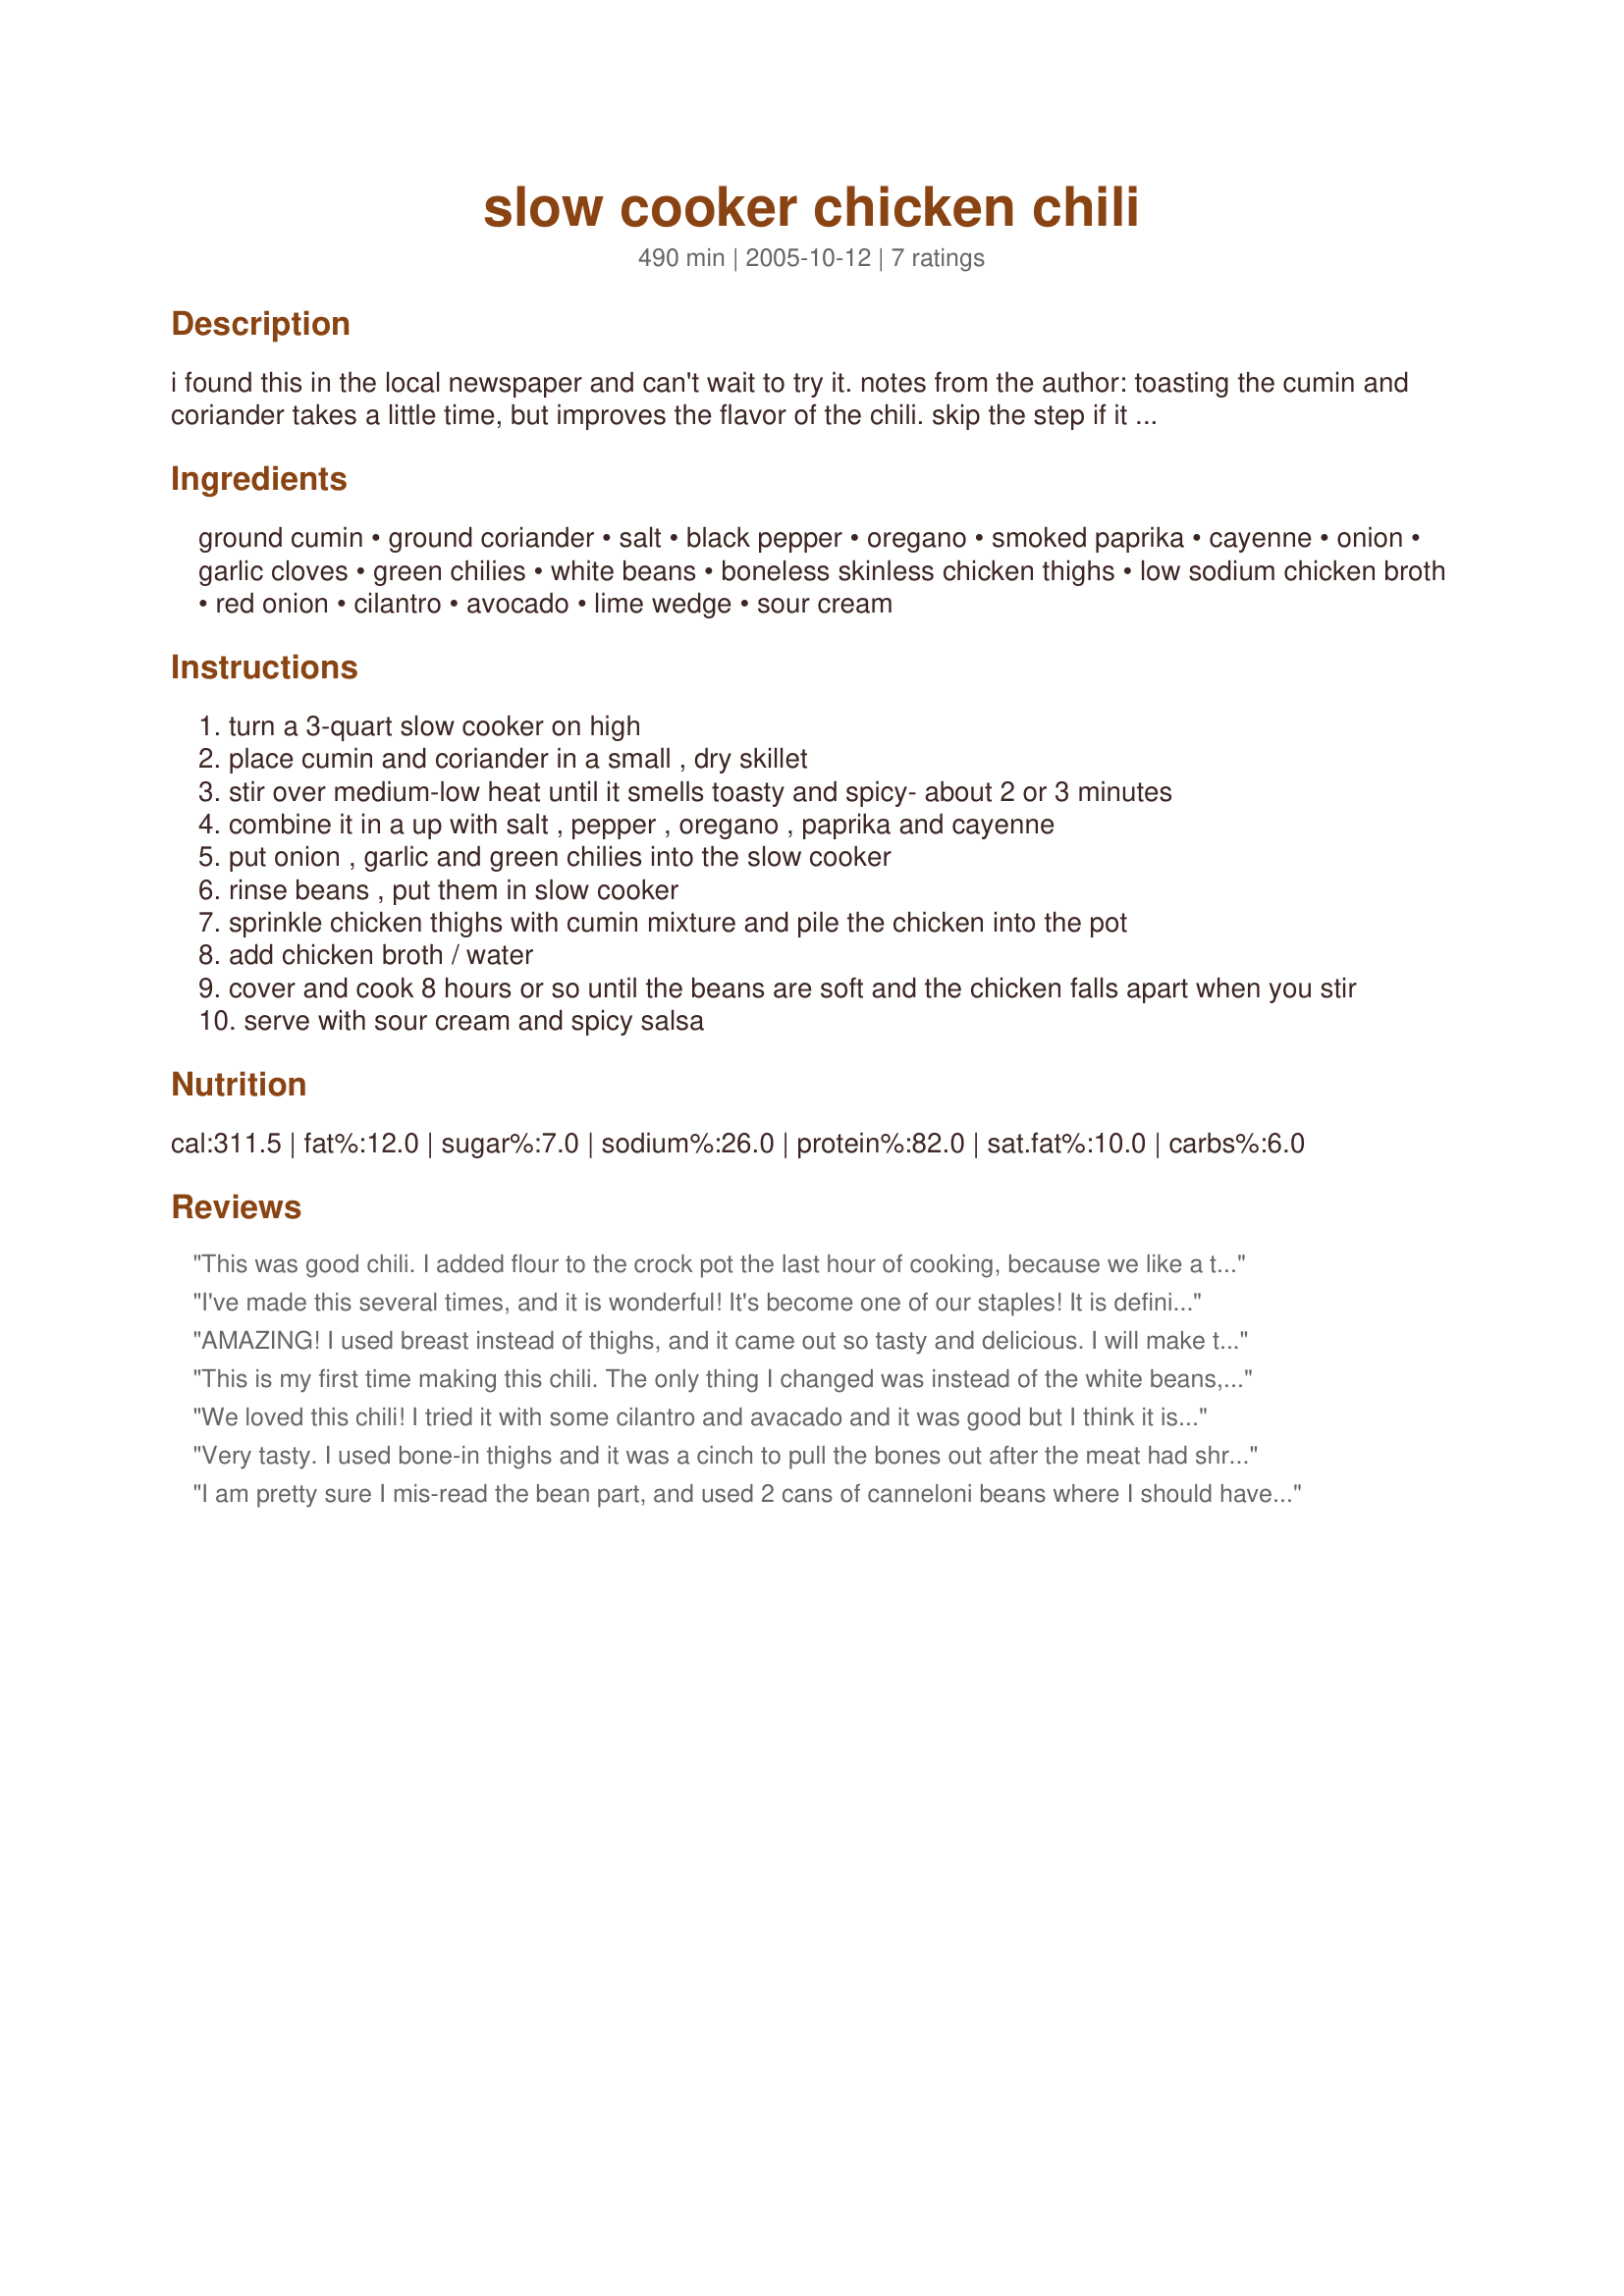
slow cooker chicken chili
Preparation time: 490 minutes

i found this in the local newspaper and can't wait to try it. notes from the author: toasting the cumin and coriander takes a little time, but improves the flavor of the chili. skip the step if it makes your life easier. if the chicken thighs have bones, go ahead and stick them in the slow cooker. the meat will literally fall off the bone after 8 hours of cooking, and you can just remove the bones with tongs and discard them.
update: so i've made this twice since posting. everyone loves it. the chunks of avocados on top really make this dish. setting up a buffet of toppings makes this really fun for the kids. this is a must try for a cold day.

Ingredients:
ground cumin, ground coriander, salt, black pepper, oregano, smoked paprika, cayenne, onion, garlic cloves, green chilies, white beans, boneless skinless chicken thighs, low sodium chicken broth, red onion, cilantro, avocado, lime wedge, sour cream

Steps:
turn a 3-quart slow cooker on high
place cumin and coriander in a small , dry skillet
stir over medium-low heat until it smells toasty and spicy- about 2 or 3 minutes
combine it in a up with salt , pepper , oregano , paprika and cayenne
put onion , garlic and green chilies into the slow cooker
rinse beans , put them in slow cooker
sprinkle chicken thighs with cumin mixture and pile the chicken into the pot
add chicken broth / water
cover and cook 8 hours or so until the beans are soft and the chicken falls apart when you stir
serve with sour cream and spicy salsa

Reviews:
This was good chili. I added flour to the crock pot the last hour of cooking, because we like a thicker chili. I couldn't find our ground coriander, so I used 1/4 cup of some fresh cilantro I had frozen. Thank you for posting!
I've made this several times, and it is wonderful! It's become one of our staples! It is definitely worth your time to toast the cumin and coriander. When I serve this to company I'm always asked for the recipe! Thanks!
AMAZING! I used breast instead of thighs, and it came out so tasty and delicious. I will make ths again and again!
This is my first time making this chili. The only thing I changed was instead of the white beans, I used two cans of kidney. I also needed to cut the broth/water down about half because of that.<br/>Otherwise, this has come out just lovely! Most definitely a keeper. Thank you for posting this!
We loved this chili! I tried it with some cilantro and avacado and it was good but I think it is just as good just as is. I follwed the recipe exactly using dried beans and on high for 8 hours exactly. Seasoning and everything were spot on. Thank you for sharing. I am on an elimination diet and good warm comforting food is hard to come by. This was great!
Very tasty. I used bone-in thighs and it was a cinch to pull the bones out after the meat had shred itself. Served with avocado and sour cream, it wasn't too spicy for the kids. It does stay 8 hours on high.
I am pretty sure I mis-read the bean part, and used 2 cans of canneloni beans where I should have used DRIED beans ! It was all very tasty but THIN, where the cooking starch from the beans would have thickened it. Sorry, galasikes -- I will pay more attention next time.
